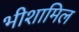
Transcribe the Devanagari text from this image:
भीशामिल